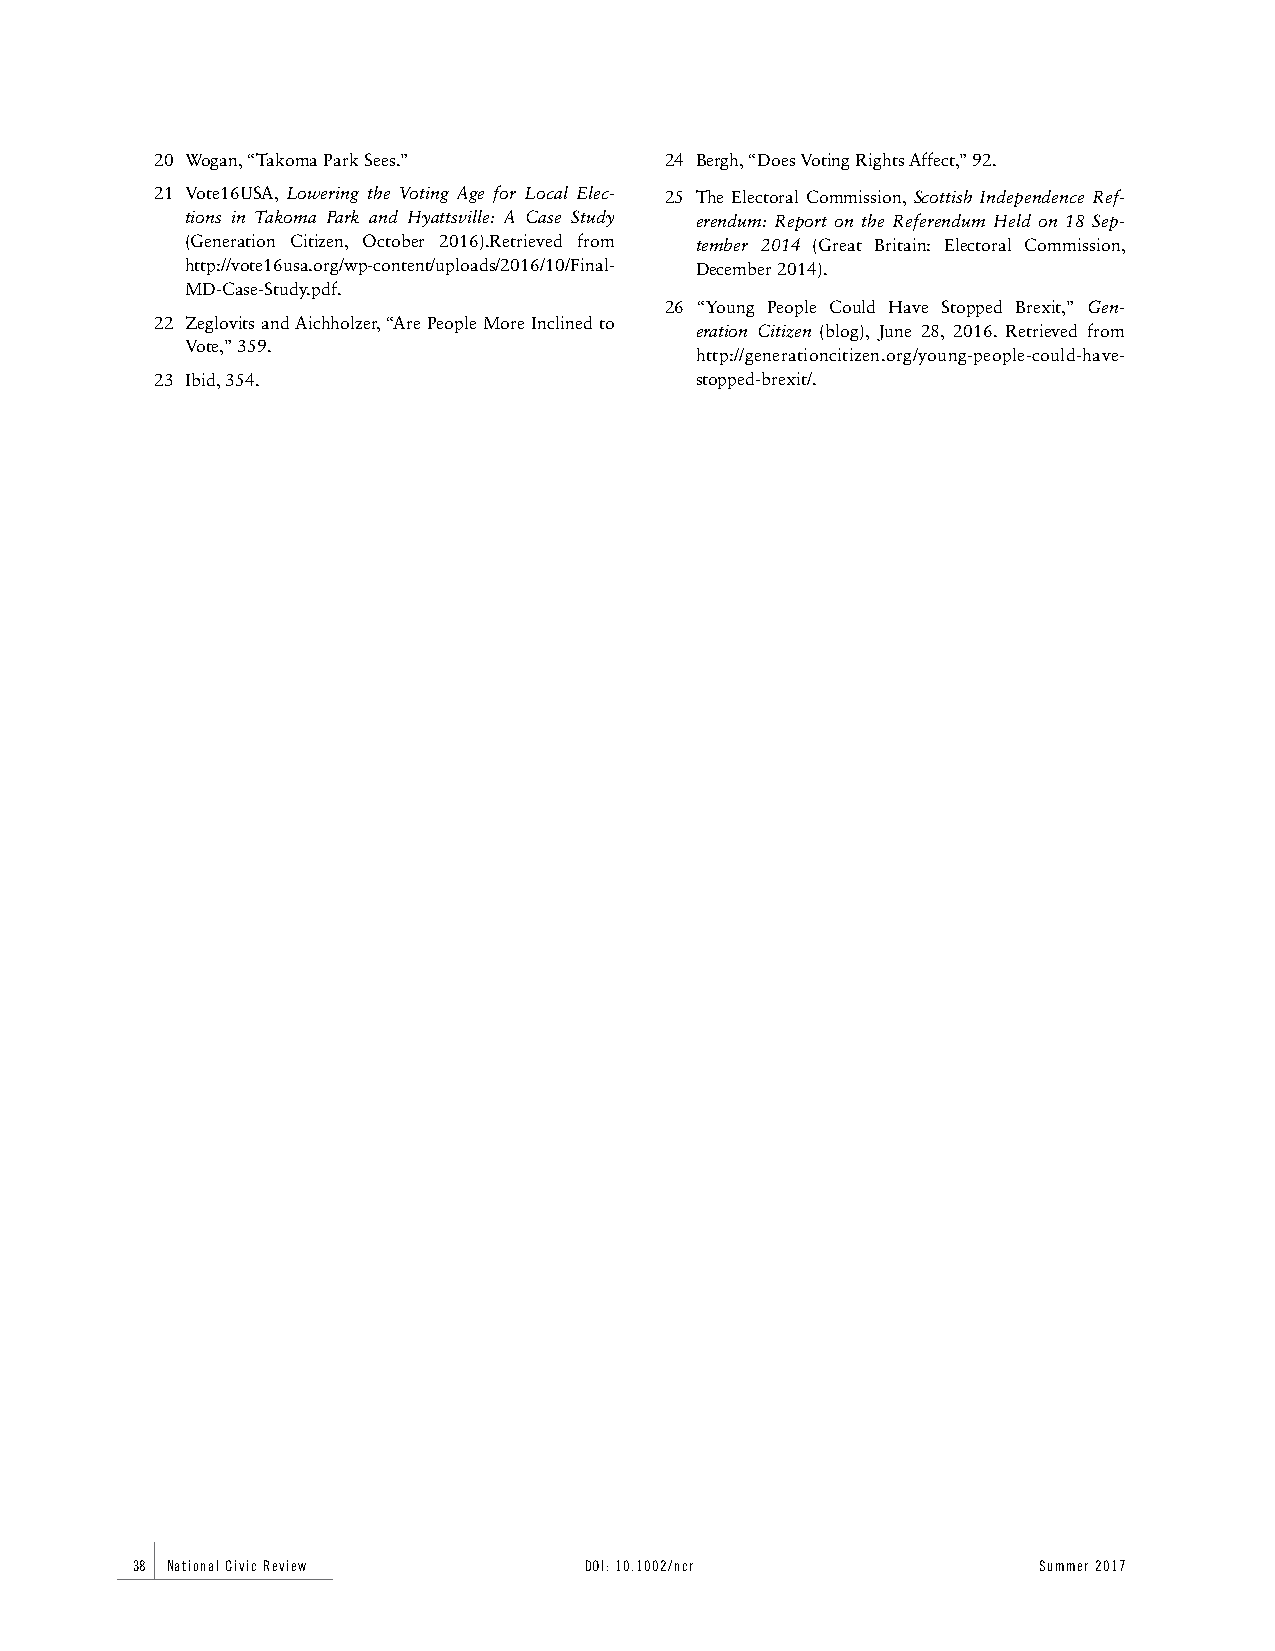
20 Wogan, “Takoma Park Sees.”     24 Bergh, “Does Voting Rights Affect,” 92.
 21 Vote16USA, Lowering the Voting Age for Local Elec- 25 The Electoral Commission, Scottish Independence Ref-
 tions in Takoma Park and Hyattsville: A Case Study erendum: Report on the Referendum Held on 18 Sep-
 (Generation Citizen, October 2016).Retrieved from tember 2014 (Great Britain: Electoral Commission,
 http://vote16usa.org/wp-content/uploads/2016/10/Final- December 2014).
 MD-Case-Study.pdf.
 26 “Young People Could Have Stopped Brexit,” Gen-
 22 Zeglovits and Aichholzer, “Are People More Inclined to
 eration Citizen (blog), June 28, 2016. Retrieved from
 Vote,” 359.
 http://generationcitizen.org/young-people-could-have-
 23 Ibid, 354.                       stopped-brexit/.
 38 National Civic Review      DOI: 10.1002/ncr              Summer 2017